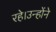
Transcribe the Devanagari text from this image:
रहे।उन्होंने